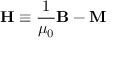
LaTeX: \mathbf { H } \equiv { \frac { 1 } { \mu _ { 0 } } } \mathbf { B } - \mathbf { M }